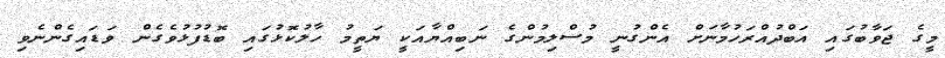
މީގެ ޖަވާބުގައި އަބްދުއްރަހުމާނަށް އެންގުނީ މުސްލިމުންގެ ނަބިއްޔާއަކީ ޔަތީމު ހާލުކޮޅުގައި ބޮޑުފުޅުވެގެން ވަޑައިގެންނެވި